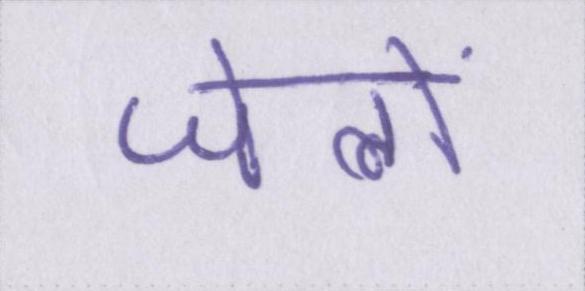
जेलों